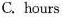
C. hours